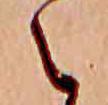
え